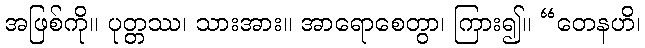
အဖြစ်ကို။ ပုတ္တဿ၊ သားအား။ အာရောစေတွာ၊ ကြား၍။ “တေနဟိ၊